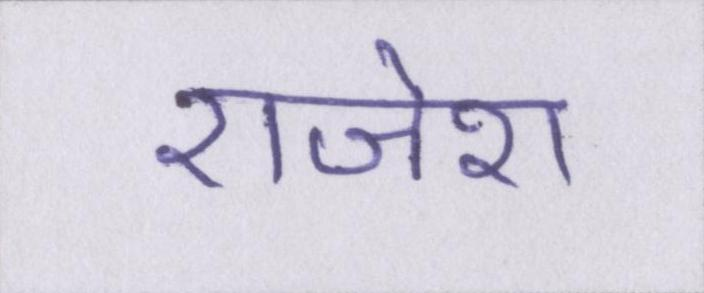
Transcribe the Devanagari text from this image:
राजेश